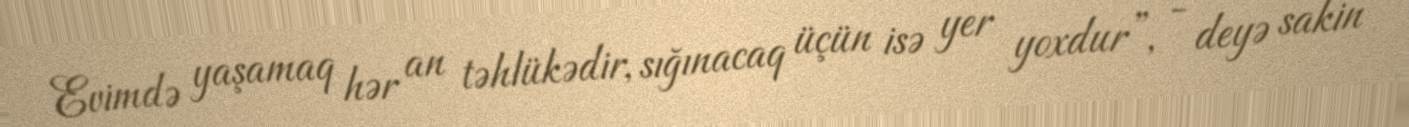
Evimdə yaşamaq hər an təhlükədir, sığınacaq üçün isə yer yoxdur”, - deyə sakin